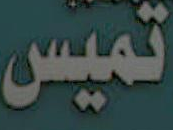
تميس